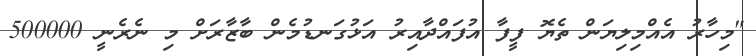
"މިހާރު އެއްމިލިޔަން ތެޔޮ ފީފާ އުފައްދާއިރު އަޅުގަނޑުމެން ބާޒާރަށް މި ނެރެނީ 500000